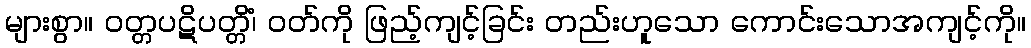
များစွာ။ ဝတ္တပဋိပတ္တိံ၊ ဝတ်ကို ဖြည့်ကျင့်ခြင်း တည်းဟူသော ကောင်းသောအကျင့်ကို။